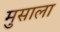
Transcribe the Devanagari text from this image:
मुसाला